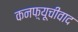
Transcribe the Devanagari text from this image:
कनफ़्यूचीवाद